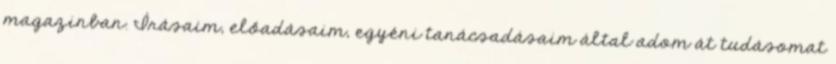
magazinban. Írásaim, előadásaim, egyéni tanácsadásaim által adom át tudásomat